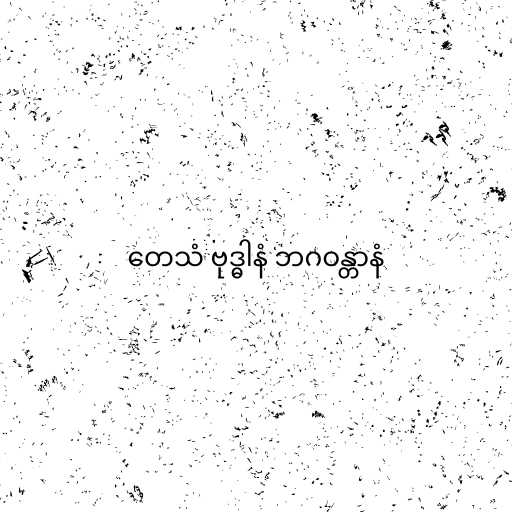
တေသံ ဗုဒ္ဓါနံ ဘဂဝန္တာနံ